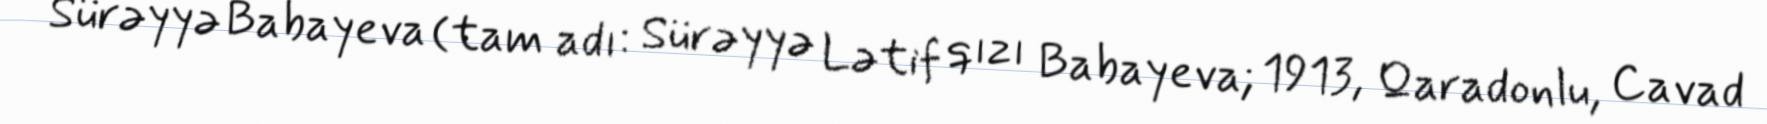
Sürəyyə Babayeva (tam adı: Sürəyyə Lətif qızı Babayeva; 1913, Qaradonlu, Cavad